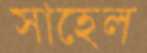
সাহেল